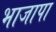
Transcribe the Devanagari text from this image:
भाजापा